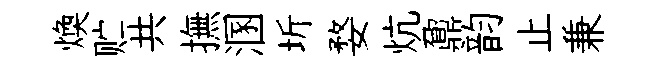
煥贮共撫溷圻婺炕鼐韵止兼